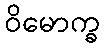
ဝိမောက္ခ